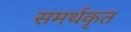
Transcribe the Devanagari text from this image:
समर्थकृत